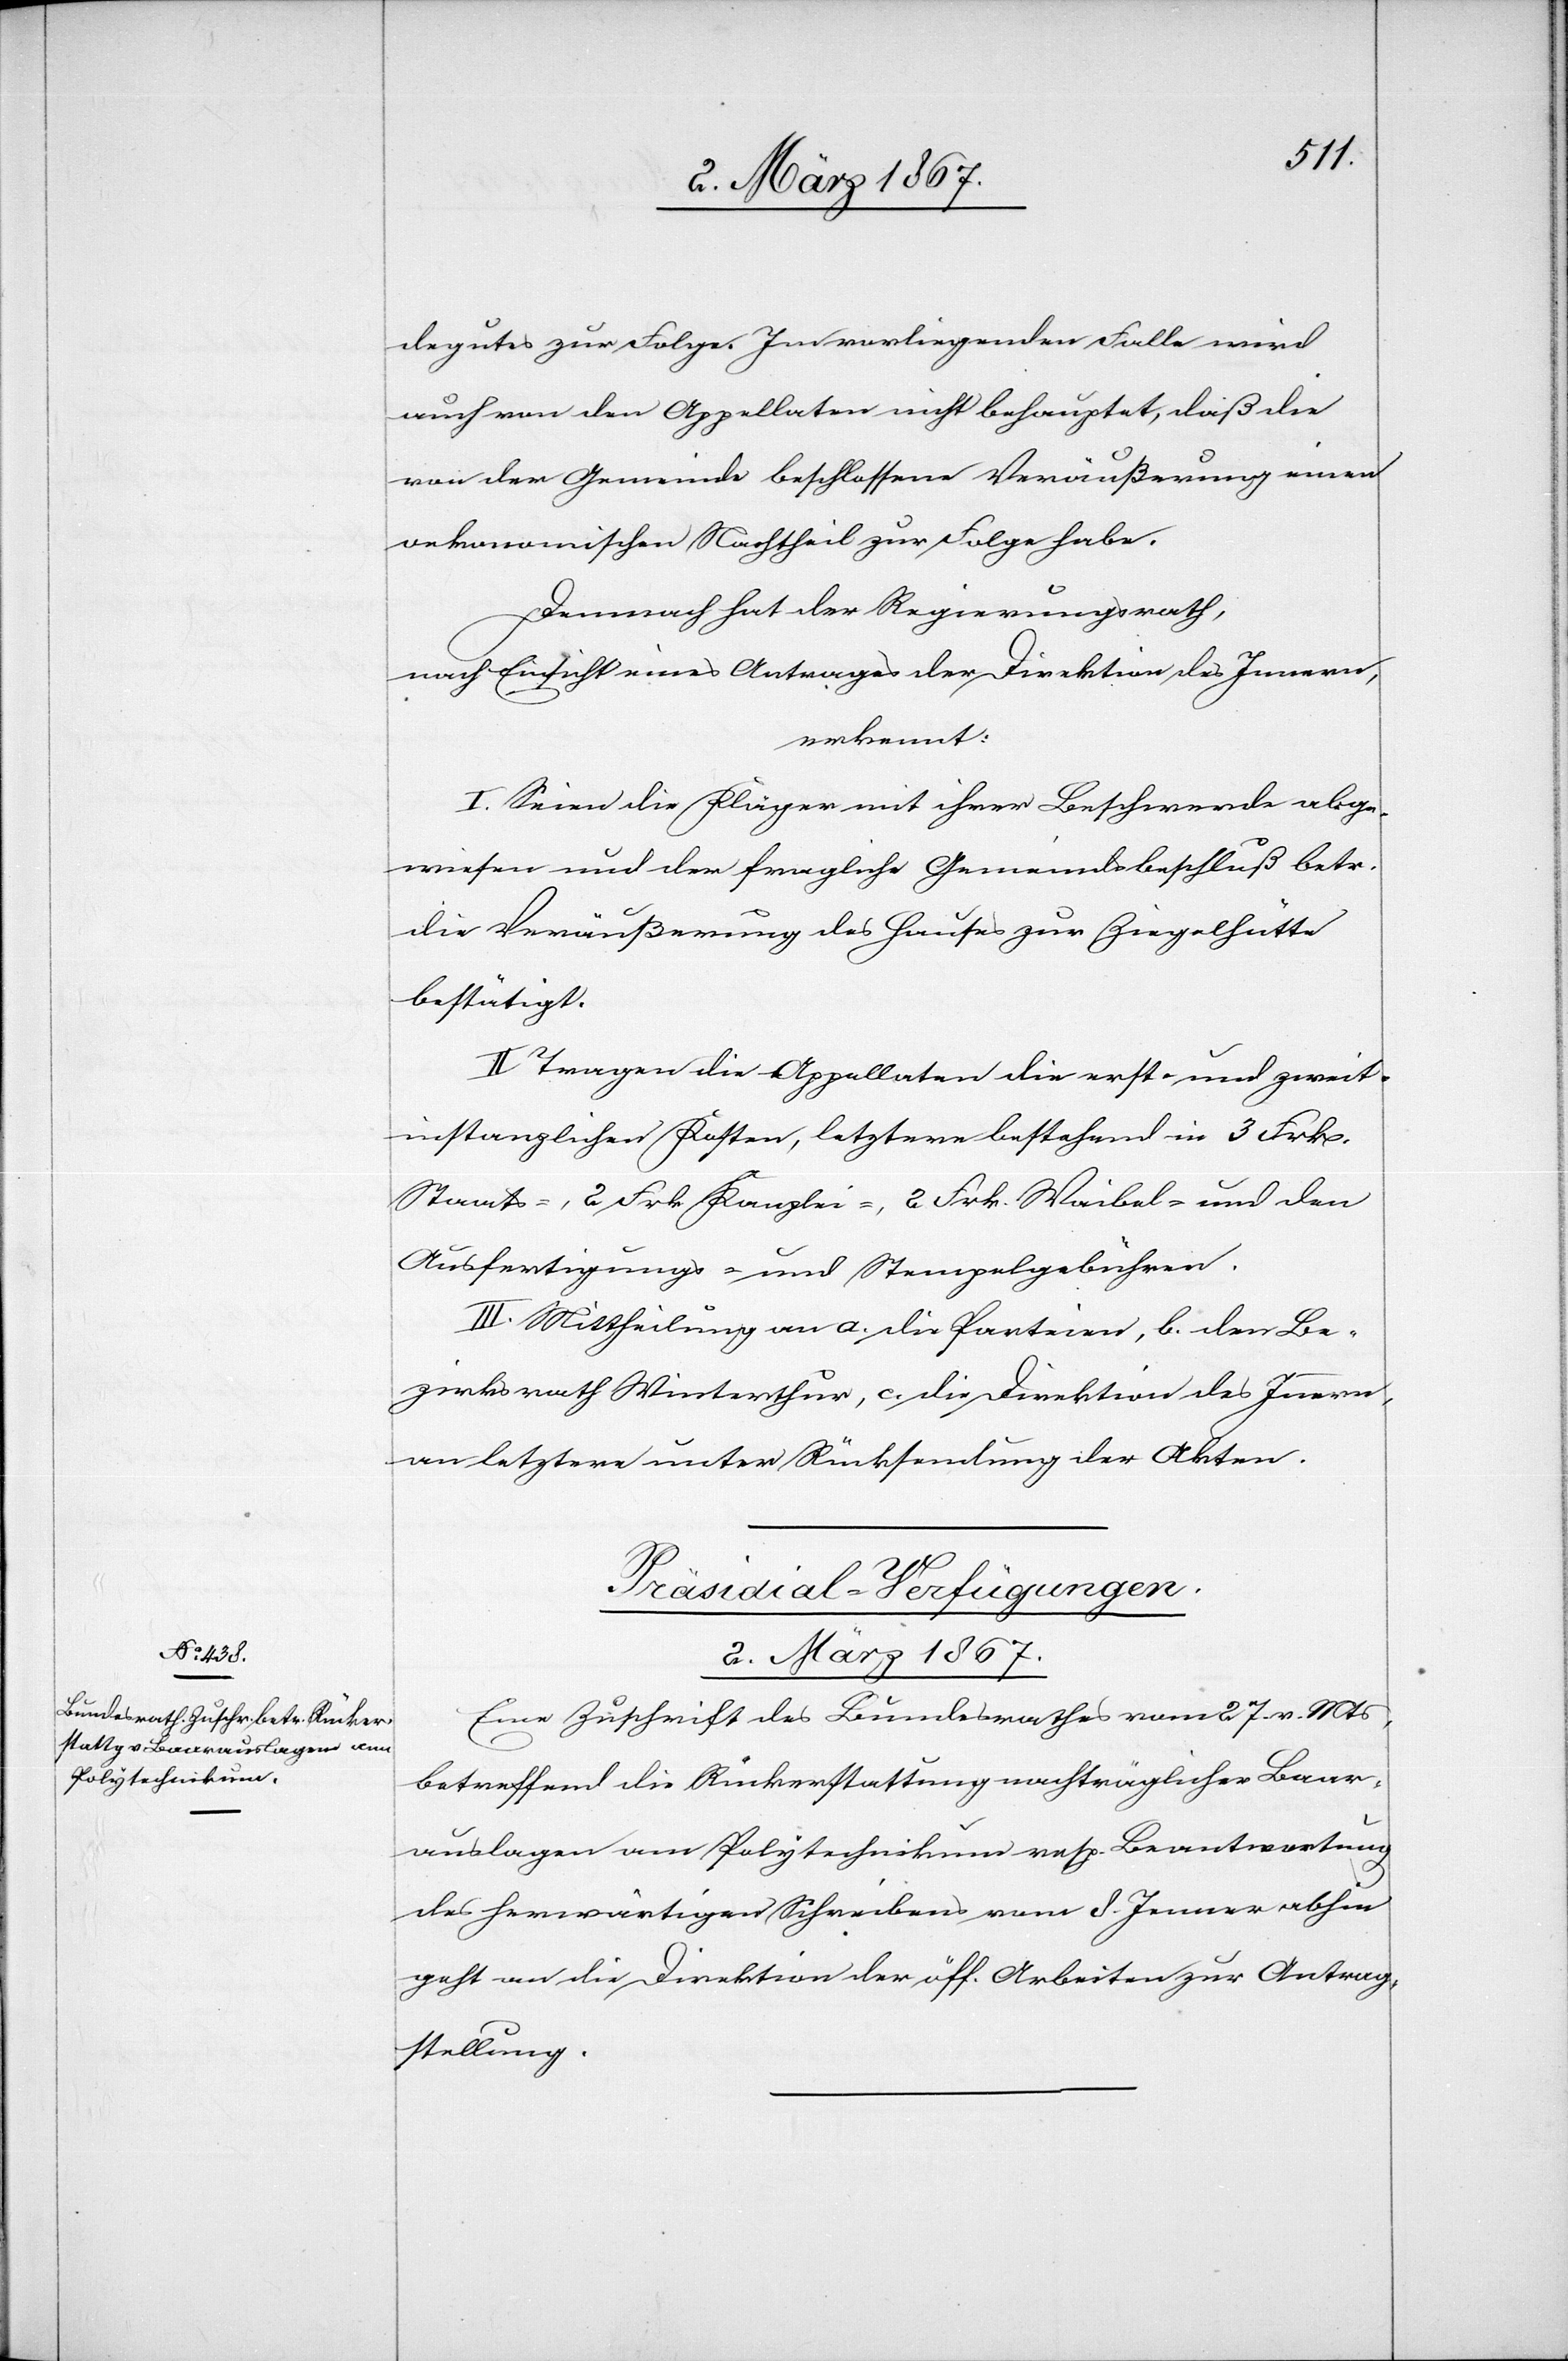
2. März 1867.
degutes zur Folge. Im vorliegenden Falle wird
auch von den Appellaten nicht behauptet, daß die
von der Gemeinde beschlossene Veräußerung einen
oekonomischen Nachtheil zur Folge habe.
Demnach hat der Regierungsrath,
nach Einsicht eines Antrages der Direktion des Innern,
erkennt:
I. Seien die Kläger mit ihrer Beschwerde abge¬
wiesen und der fragliche Gemeindsbeschluß betr.
die Veräußerung des Hauses zur Ziegelhütte
bestätigt.
II. Tragen die Appellaten die erst- und zweit¬
instanzlichen Kosten, letztere bestehend in 3 Frk.
Staats-, 2 Frk. Kanzlei-, 2 Frk. Waibel- und den
Ausfertigungs- und Stempelgebühren.
III. Mittheilung an a. die Parteien, b. den Be¬
zirksrath Winterthur, c. die Direktion des Innern,
an letztere unter Rücksendung der Akten.
Präsidial-Verfügungen.
Eine Zuschrift des Bundesrathes vom 27. v. Mts,
betreffend die Rückerstattung nachträglicher Baar¬
auslagen am Polytechnikum resp. Beantwortung
des herwärtigen Schreibens vom 8. Jenner abhin
geht an die Direktion der öff. Arbeiten zur Antrag¬
stellung.